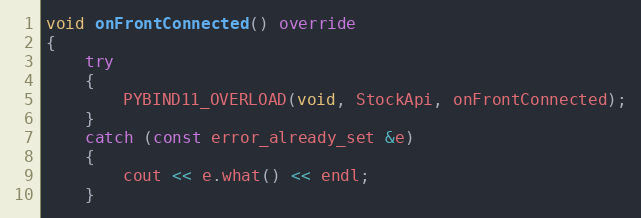
Language: C++
void onFrontConnected() override
{
	try
	{
		PYBIND11_OVERLOAD(void, StockApi, onFrontConnected);
	}
	catch (const error_already_set &e)
	{
		cout << e.what() << endl;
	}